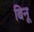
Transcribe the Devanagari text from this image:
बिनू